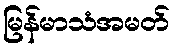
မြန်မာသံအမတ်